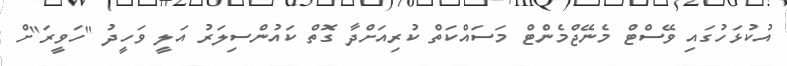
އުކުޅަހުގައި ވޭސްޓް މެނޭޖްމެންޓް މަސައްކަތް ކުރިއަށްދާ ގޮތް ކައުންސިލަރު އަލީ ވަހީދު "ހަވީރަ"ށް